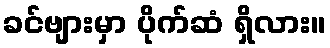
ခင်ဗျားမှာ ပိုက်ဆံ ရှိလား။